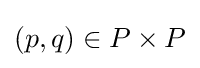
(p,q)\in P\times P